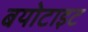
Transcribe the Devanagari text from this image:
बयोटाइट